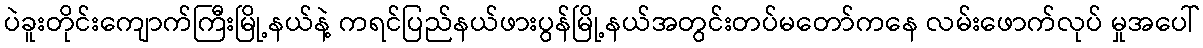
ပဲခူးတိုင်းကျောက်ကြီးမြို့နယ်နဲ့ ကရင်ပြည်နယ်ဖားပွန်မြို့နယ်အတွင်းတပ်မတော်ကနေ လမ်းဖောက်လုပ် မှုအပေါ်